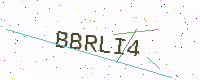
Text: BBRLI4